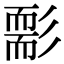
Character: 𦓘